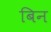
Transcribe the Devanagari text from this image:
बिन